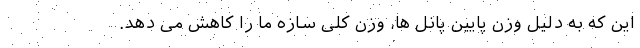
این که به دلیل وزن پایین پانل ها، وزن کلی سازه ما را کاهش می دهد.